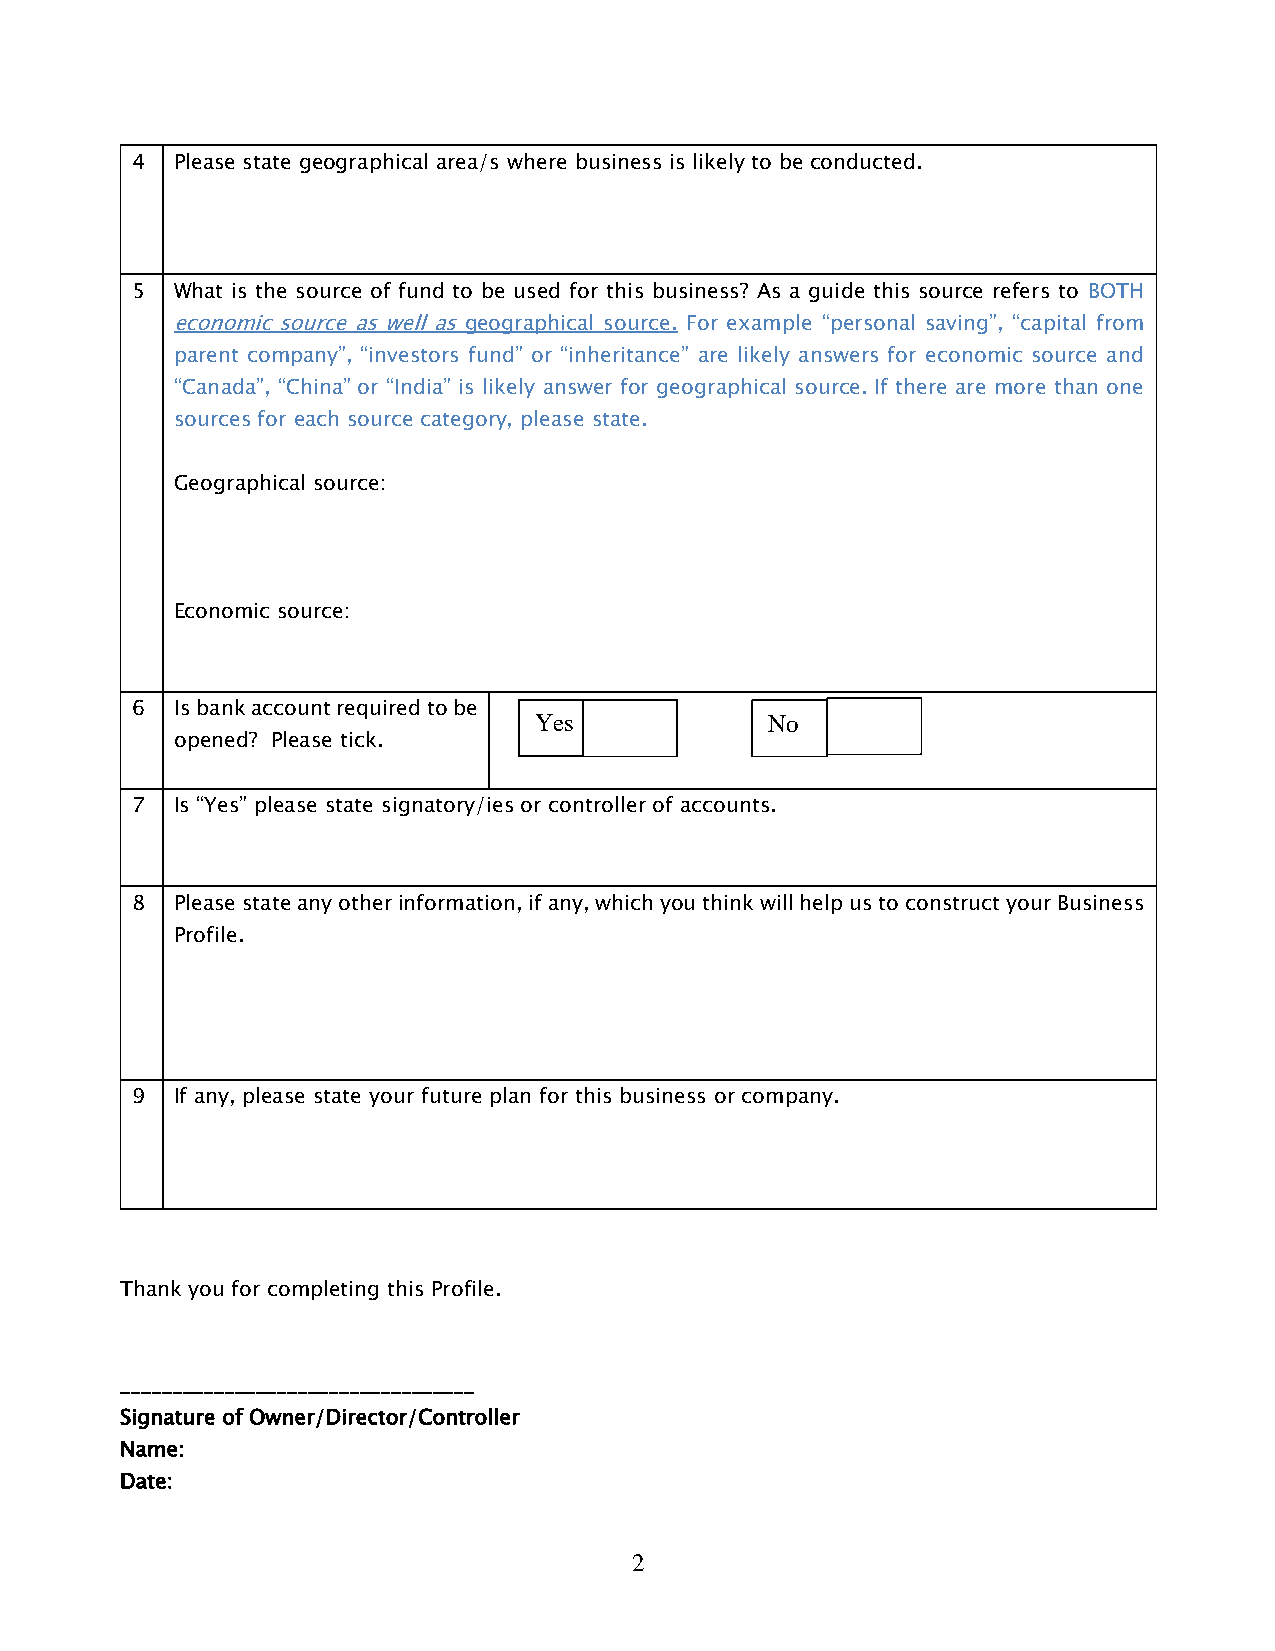
4  Please state geographical area/s where business is likely to be conducted.
 5  What is the source of fund to be used for this business? As a guide this source refers to BOTH
 economic source as well as geographical source. For example “personal saving”, “capital from
 parent company”, “investors fund” or “inheritance” are likely answers for economic source and
 “Canada”, “China” or “India” is likely answer for geographical source. If there are more than one
 sources for each source category, please state.
 Geographical source:
 Economic source:
 6  Is bank account required to be
 Yes             No
 opened? Please tick.
 7  Is “Yes” please state signatory/ies or controller of accounts.
 8  Please state any other information, if any, which you think will help us to construct your Business
 Profile.
 9  If any, please state your future plan for this business or company.
 Thank you for completing this Profile.
 __________________________________
 Signature of Owner/Director/Controller
 Name:
 Date:
 2